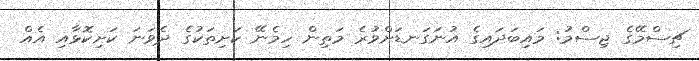
ޗިސްމޭގެ ޖިސްމު: މައިބަދައިގެ އުނަގަނޑަށްވުރެ މަތިން ހިމެނޭ ކަށިތަކުގެ ދެވަނަ ކަށިކޮޅާއި އެއް